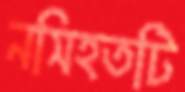
নসিহতটি